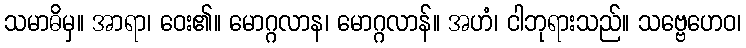
သမာဓိမှ။ အာရာ၊ ဝေး၏။ မောဂ္ဂလာန၊ မောဂ္ဂလာန်။ အဟံ၊ ငါဘုရားသည်။ သဗ္ဗေဟေဝ၊